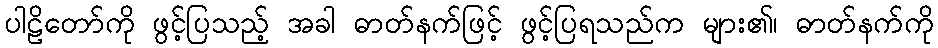
ပါဠိတော်ကို ဖွင့်ပြသည့် အခါ ဓာတ်နက်ဖြင့် ဖွင့်ပြရသည်က များ၏၊ ဓာတ်နက်ကို